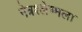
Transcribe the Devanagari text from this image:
नेत्रश्‍लेष्मला